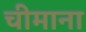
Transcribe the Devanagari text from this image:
चीमाना